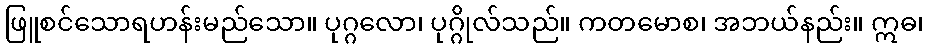
ဖြူစင်သောရဟန်းမည်သော။ ပုဂ္ဂလော၊ ပုဂ္ဂိုလ်သည်။ ကတမောစ၊ အဘယ်နည်း။ ဣဓ၊